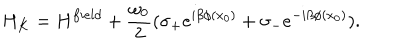
LaTeX: H _ { K } = H ^ { f i e l d } + \frac { \omega _ { 0 } } { 2 } ( \sigma _ { + } e ^ { i \beta \phi ( x _ { 0 } ) } + \sigma _ { - } e ^ { - i \beta \phi ( x _ { 0 } ) } ) .